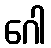
ဂေါ